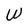
Character: W